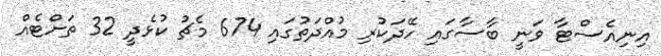
އިނިއެސްޓާ ވަނީ ބާސާގައި ހޭދަކުރި މުއްދަތުގައި 674 މެޗު ކުޅެދީ 32 ތަށްޓެއް